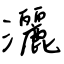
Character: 灑